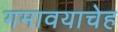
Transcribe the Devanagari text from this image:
गमावयाचेह